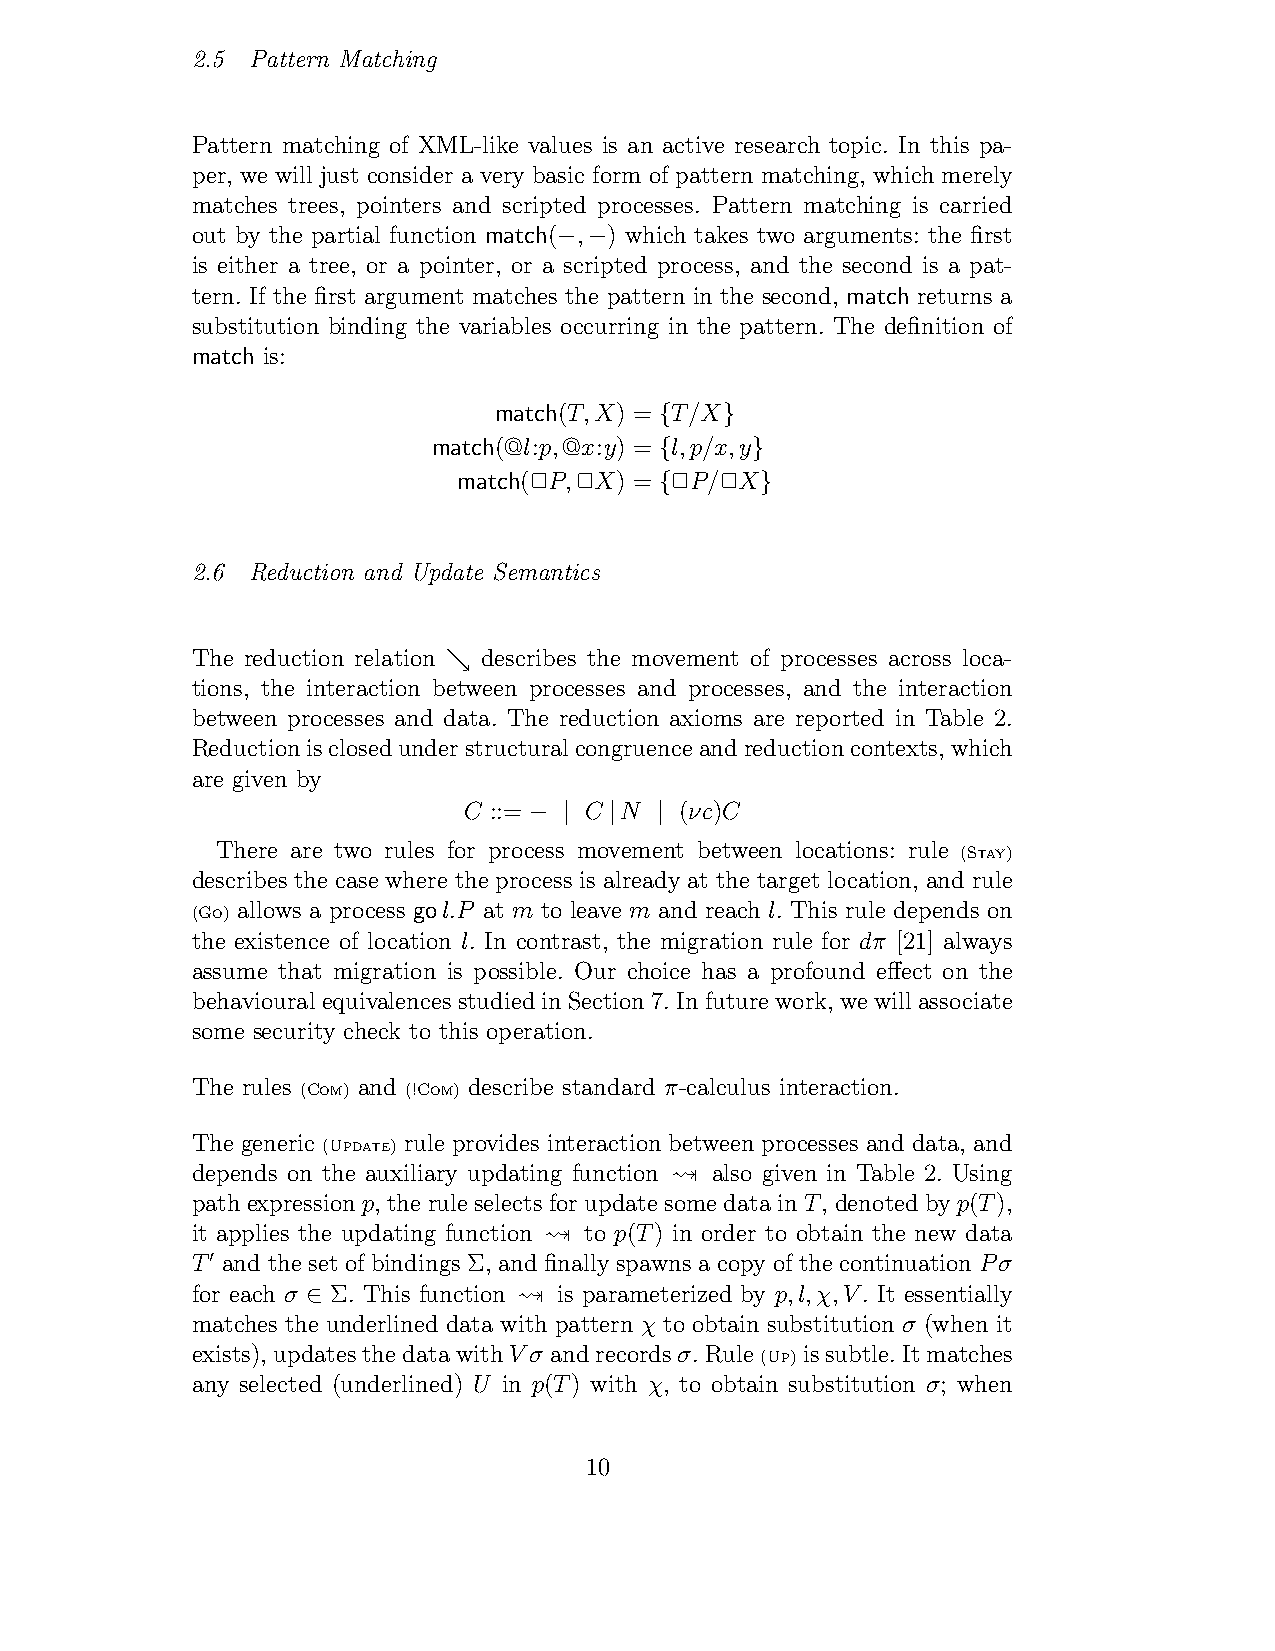
2.5 Pattern Matching
 Pattern matching of XML-like values is an active research topic. In this pa-
 per, we will just consider a very basic form of pattern matching, which merely
 matches trees, pointers and scripted processes. Pattern matching is carried
 out by the partial function match( , ) which takes two arguments: the first
 − −
 is either a tree, or a pointer, or a scripted process, and the second is a pat-
 tern. If the first argument matches the pattern in the second, match returns a
 substitution binding the variables occurring in the pattern. The definition of
 match is:
 match(T,X) = T/X
 {   }
 match(@l:p,@x:y) = l,p/x,y
 {     }
 match(!P,!X) = !P/!X
 {     }
 2.6 Reduction and Update Semantics
 The reduction relation describes the movement of processes across loca-
 %
 tions, the interaction between processes and processes, and the interaction
 between processes and data. The reduction axioms are reported in Table 2.
 Reductionisclosedunderstructuralcongruenceandreductioncontexts,which
 are given by
 C ::=   C N   (νc)C
 − |  |  |
 There are two rules for process movement between locations: rule (Stay)
 describes the case where the process is already at the target location, and rule
 (Go) allows a process gol.P at m to leave m and reach l. This rule depends on
 the existence of location l. In contrast, the migration rule for dπ [21] always
 assume that migration is possible. Our choice has a profound effect on the
 behaviouralequivalencesstudiedinSection7.Infuturework,wewillassociate
 some security check to this operation.
 The rules (Com) and (!Com) describe standard π-calculus interaction.
 The generic (Update) rule provides interaction between processes and data, and
 depends on the auxiliary updating function "! also given in Table 2. Using
 path expressionp, the rule selectsfor update some data in T, denoted by p(T),
 it applies the updating function "! to p(T) in order to obtain the new data
 T and the set of bindings Σ, and finally spawns a copy of the continuation Pσ
 !
 for each σ Σ. This function "! is parameterized by p,l,χ,V. It essentially
 ∈
 matches the underlined data with pattern χ to obtain substitution σ (when it
 exists),updatesthedatawithVσ andrecordsσ.Rule(Up)issubtle.Itmatches
 any selected (underlined) U in p(T) with χ, to obtain substitution σ; when
 10